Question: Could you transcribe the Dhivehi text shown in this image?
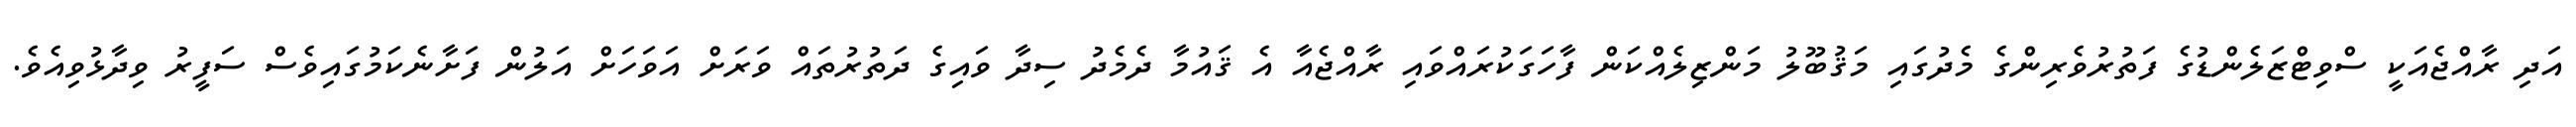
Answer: އަދި ރާއްޖެއަކީ ސްވިޓްޒަލެންޑުގެ ފަތުރުވެރިންގެ މެދުގައި މަޤުބޫލު މަންޒިލެއްކަން ފާހަގަކުރައްވައި ރާއްޖެއާ އެ ޤައުމާ ދެމެދު ސިދާ ވައިގެ ދަތުރުތައް ވަރަށް އަވަހަށް އަލުން ފަށާނެކަމުގައިވެސް ސަފީރު ވިދާޅުވިއެވެ.